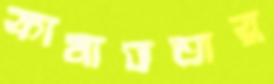
কামাভতার